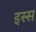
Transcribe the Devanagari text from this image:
इस्स